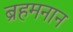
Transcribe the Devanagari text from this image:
ब्रहमनान